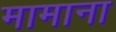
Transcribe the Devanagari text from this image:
मामाना